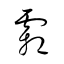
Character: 霜